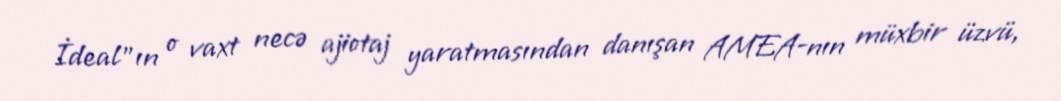
İdeal"ın o vaxt necə ajiotaj yaratmasından danışan AMEA-nın müxbir üzvü,